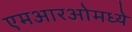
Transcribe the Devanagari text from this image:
एमआरओमध्ये